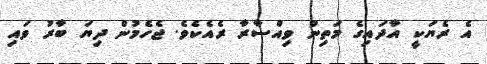
އެ ރެޔަކީ އާދައިގެ މަތިން ވިއްސާރާ ރެއެކެވެ. ޖެހެމުން ދިޔަ ބާރު ވައި